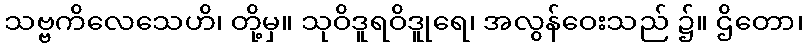
သဗ္ဗကိလေသေဟိ၊ တို့မှ။ သုဝိဒူရဝိဒူုရေ၊ အလွန်ဝေးသည် ၌။ ဌိတော၊